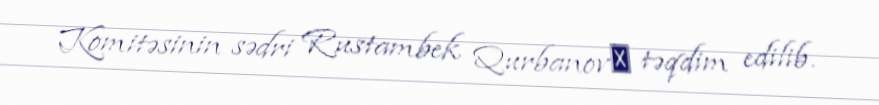
Komitəsinin sədri Rustambek Qurbanovа təqdim edilib.